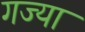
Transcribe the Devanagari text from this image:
गज्या